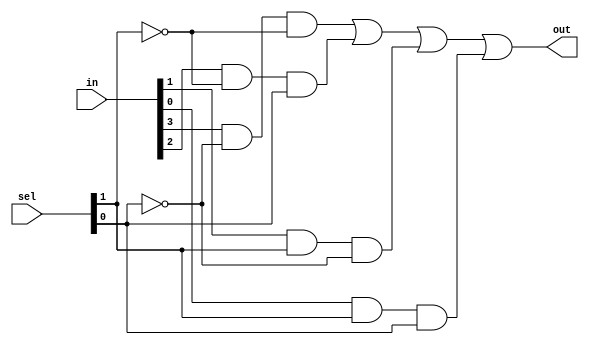
module mux4to1_gate(in, sel, out);
input [0:3] in; 
input [0:1] sel; 
output out;
wire n1, n2, a1, a2, a3, a4;
not n(n1, sel[1]);
not nn(n2, sel[0]);
and x1(a1, in[0], n1, n2);
and x2(a2, in[1], n2, sel[1]);
and x3(a3, in[2], sel[0], n1);
and x4(a4, in[3], sel[0], sel[1]);
or or1(out, a1, a2, a3, a4);
endmodule

module mux16to1(in, sel, out); 
input [0:15] in; 
input [0:3] sel;
output out;
wire [0:3] ma;
mux4to1_gate mux1(in[0:3], sel[2:3], ma[0]);
mux4to1_gate mux2(in[4:7], sel[2:3], ma[1]);
mux4to1_gate mux3(in[8:11], sel[2:3], ma[2]);
mux4to1_gate mux4(in[12:15],sel[2:3], ma[3]);
mux4to1_gate mux5(ma, sel[0:1], out);
endmodule

module mux_tb;
reg [0:15] in;
reg [0:3] sel;
wire out;
mux16to1 mux1(in, sel, out);
initial
begin
    in=16'b1000000000000000; sel=4'b0000;
    $monitor("Time=%f in=%b | sel=%b | out=%b", $time, in, sel, out); 
    #5 in=16'b0100000000000000; sel=4'b0001;
    #5 in=16'b0010000000000000; sel=4'b0010;
    #5 in=16'b0001000000000000; sel=4'b0011;
    #5 in=16'b0000100000000000; sel=4'b0100; 
    #5 in=16'b0000010000000000; sel=4'b0101; 
    #5 in=16'b0000001000000000; sel=4'b0110;
    #5 in=16'b0000000100000000; sel=4'b0111;
    #5 in=16'b0000000010000000; sel=4'b1000;
    #5 in=16'b0000000001000000; sel=4'b1001;
    #5 in=16'b0000000000100000; sel=4'b1010; 
    #5 in=16'b0000000000010000; sel=4'b1011;
    #5 in=16'b0000000000001000; sel=4'b1100; 
    #5 in=16'b0000000000000100; sel=4'b1101; 
    #5 in=16'b0000000000000010; sel=4'b1110; 
    #5 in=16'b0000000000000001; sel=4'b1111;
end
endmodule